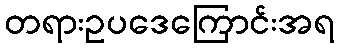
တရားဥပဒေကြောင်းအရ